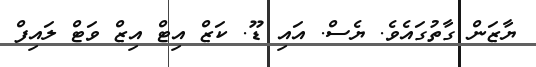
ޔާޒަން ގާތުގައެވެ. ޔެސް. އައި ޑޫ. ކަޒް އިޓް އިޒް ވަޓް ލައިފް